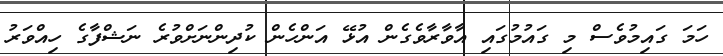
ހަމަ ގައިމުވެސް މި ގައުމުގައި އާވާރާވެގެން އުޅޭ އަންހެން ކުދިންނަށްވުރެ ނަޝްފާގެ ހިއްވަރު